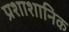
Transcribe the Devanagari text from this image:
प्रशाशानिक